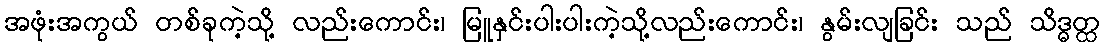
အဖုံးအကွယ် တစ်ခုကဲ့သို့ လည်းကောင်း၊ မြူနှင်းပါးပါးကဲ့သို့လည်းကောင်း၊ နွမ်းလျခြင်း သည် သိဒ္ဓတ္ထ